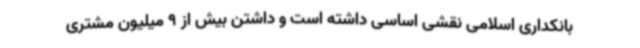
بانکداری اسلامی نقشی اساسی داشته است و داشتن بیش از 9 میلیون مشتری